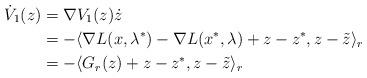
LaTeX: \begin{align*} \dot{V}_1(z)&=\nabla V_1(z)\dot{z}\\ &=-\langle\nabla L(x,\lambda^*)-\nabla L(x^*,\lambda)+z-z^*,z-\tilde{z}\rangle_r\\ &=-\langle G_r(z)+z-z^*,z-\tilde{z}\rangle_r \end{align*}